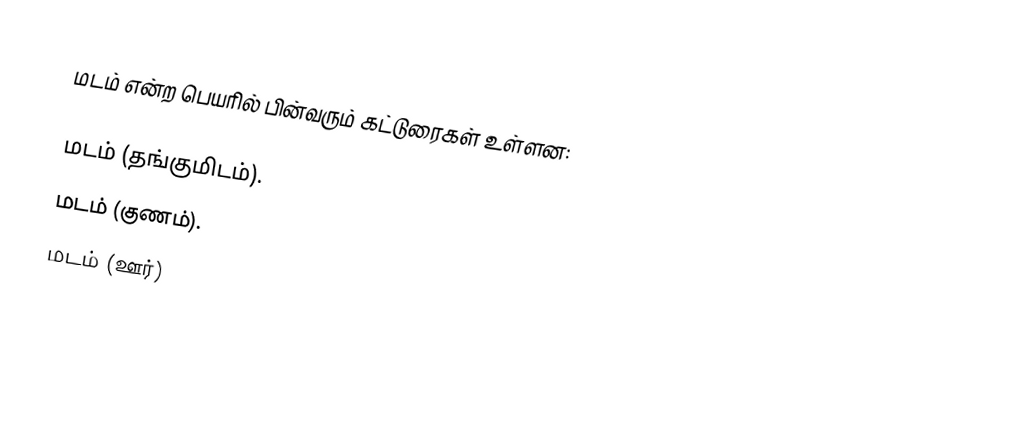
மடம் என்ற பெயரில் பின்வரும் கட்டுரைகள் உள்ளன:

 மடம் (தங்குமிடம்).
 மடம் (குணம்).
 மடம் (ஊர்)